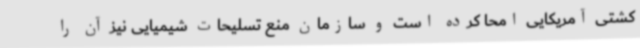
کشتی آمریکایی امحا کرده است و سازمان منع تسلیحات شیمیایی نیز آن را